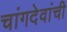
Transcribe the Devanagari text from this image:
चांगदेवांची